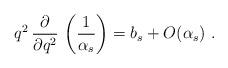
LaTeX: \begin{align*}q^2 \, \frac{\partial}{\partial q^2}\,\left(\frac{1}{\alpha_s}\right) = b_s + O(\alpha_s) \ .\end{align*}